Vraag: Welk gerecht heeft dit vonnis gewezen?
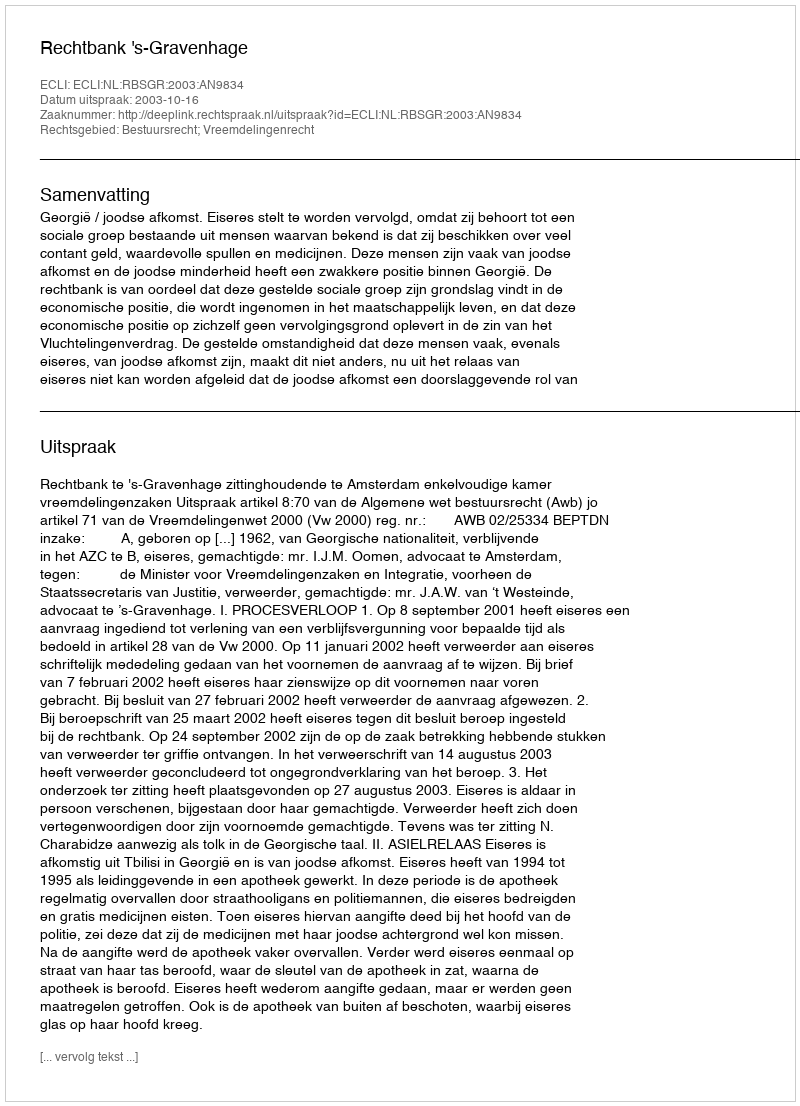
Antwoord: Rechtbank 's-Gravenhage